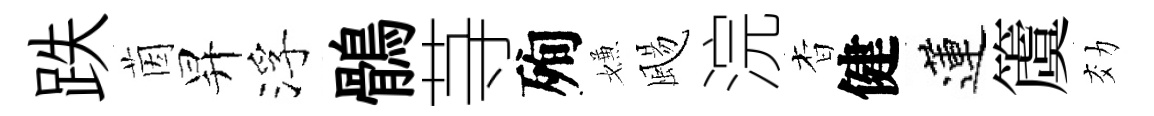
跌茵昇浮鶻䒭殉嫌颺浣杳健蓮𥵂効